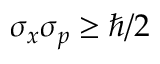
\sigma _ { x } \sigma _ { p } \geq \hbar / 2